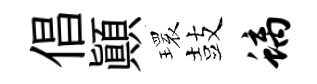
倡顚𤨔鼓螭